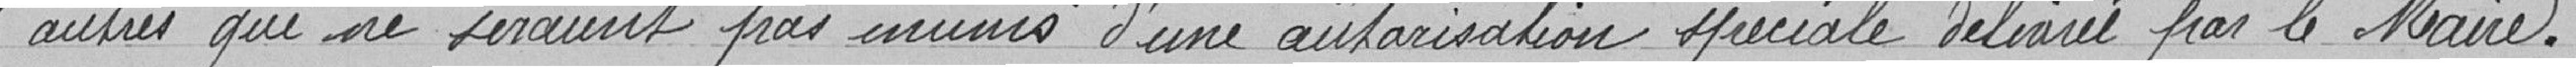
"autres qui ne seraient pas munis d'une autorisation spéciale par le Maire.